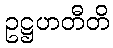
ဥဋ္ဌဟတီတိ